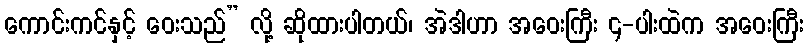
ကောင်းကင်နှင့် ဝေးသည်” လို့ ဆိုထားပါတယ်၊ အဲဒါဟာ အဝေးကြီး ၄-ပါးထဲက အဝေးကြီး